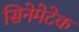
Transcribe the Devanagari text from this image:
सिनेमेटेक